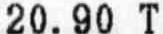
20.90 T